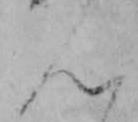
ん